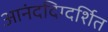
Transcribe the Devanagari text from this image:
आनंददिग्दर्शित